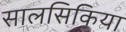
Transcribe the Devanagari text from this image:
सालसिकिया